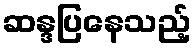
ဆန္ဒပြနေသည့်